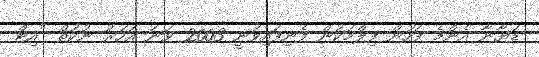
ޑަޔާނާ އެންމެ ފަހުން ފިލްމަކުން ފެނިފައިވަނީ 2003 ވަނަ އަހަރު ނުކުތް "އިޓް